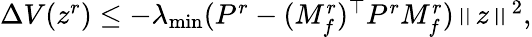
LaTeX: \begin{array}{r}{\Delta V(z^{r})\leq-\lambda_{\operatorname*{min}}(P^{r}-(M_{f}^{r})^{\top}P^{r}M_{f}^{r})\left\| z\right\| ^{2},}\end{array}